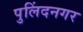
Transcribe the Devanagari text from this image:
पुलिंदनगर